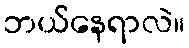
ဘယ်နေရာလဲ။